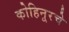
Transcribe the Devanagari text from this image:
कोहिनूरचे